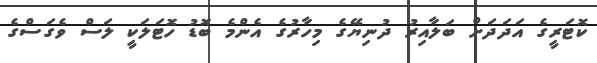
ކޮޓަރީގެ އަދަދަށް ބަލާއިރު ދުނިޔޭގެ މިހާރުގެ އެންމެ ބޮޑު ހޮޓަލަކީ ލަސް ވެގަސްގެ